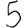
Digit: 5